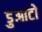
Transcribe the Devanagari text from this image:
डुआटो